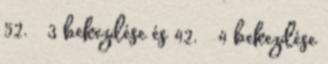
52. § 3 bekezdése és 42. § 4 bekezdése